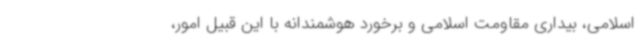
اسلامی، بیداری مقاومت اسلامی و برخورد هوشمندانه با این قبیل امور،